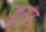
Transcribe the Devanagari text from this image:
ज़ूरर